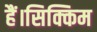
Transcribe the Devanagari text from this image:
हैं।सिक्किम